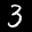
Label: 3